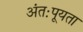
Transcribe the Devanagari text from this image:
अंतःपूयता